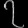
Digit: ၇